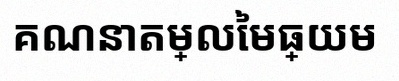
គណនាតម្លៃមធ្យម